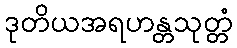
ဒုတိယအရဟန္တသုတ္တံ